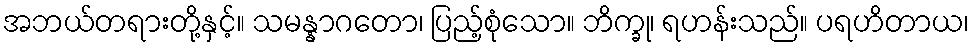
အဘယ်တရားတို့နှင့်။ သမန္နာဂတော၊ ပြည့်စုံသော။ ဘိက္ခု၊ ရဟန်းသည်။ ပရဟိတာယ၊